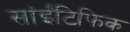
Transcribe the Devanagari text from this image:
सांईंटिफिक